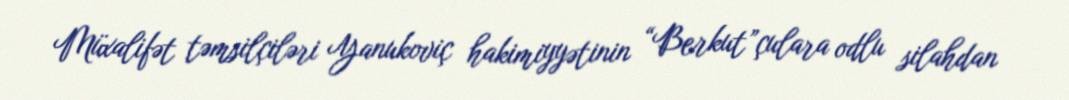
Müxalifət təmsilçiləri Yanukoviç hakimiyyətinin “Berkut”çulara odlu silahdan